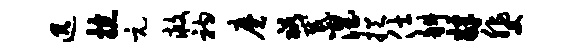
迅掠元救衲磨裕感涅挹仕斜肄斐